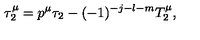
\tau _ { 2 } ^ { \mu } = p ^ { \mu } \tau _ { 2 } - ( - 1 ) ^ { - j - l - m } T _ { 2 } ^ { \mu } ,